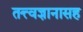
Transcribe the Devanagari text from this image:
तत्त्वज्ञानासह